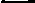
-